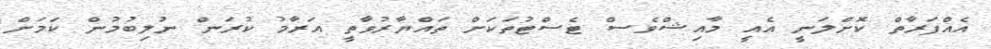
އެއްފަރާތް ކޮށްލަނީ އެއީ މާއިޝްވެސް ޓެސްޓުތަކަށް ތައްޔާރުވާތީ އަރާމު ކުރަން ނުލިބުމުން ކަމަށް